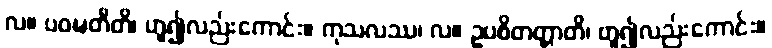
လ။ ပဝဍ္ဎတီတိ၊ ဟူ၍လည်းကောင်း။ ကုသလဿ၊ လ။ ဥပစိတတ္တာတိ၊ ဟူ၍လည်းကောင်း။